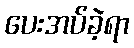
ပေးအပ်ခဲ့ရာ